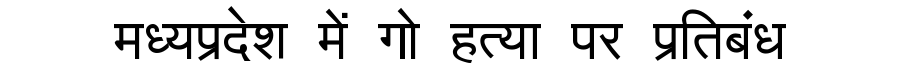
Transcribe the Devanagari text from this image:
मध्यप्रदेश में गो हत्या पर प्रतिबंध